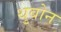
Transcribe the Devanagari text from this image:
थुबोन